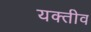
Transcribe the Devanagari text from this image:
यक्तीव